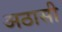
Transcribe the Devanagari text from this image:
अठासी